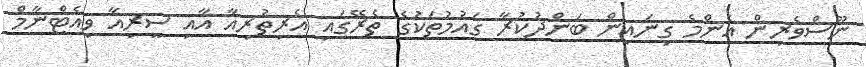
ނޫސްވެރިން އެންމެ ގިނައިން ބަންދުކުރާ ގައުމުތަކުގެ ތެރޭގައި އެރިތުރިއާ އާއި ސީރިއާ ވިއެޓްނާމް